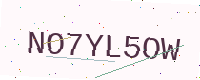
Text: NO7YL5OW